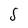
Character: S